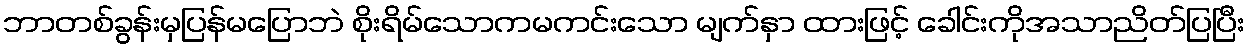
ဘာတစ်ခွန်းမှပြန်မပြောဘဲ စိုးရိမ်သောကမကင်းသော မျက်နှာ ထားဖြင့် ခေါင်းကိုအသာညိတ်ပြပြီး